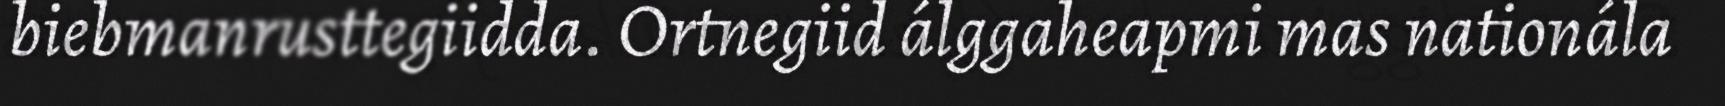
biebmanrusttegiidda. Ortnegiid álggaheapmi mas nationála